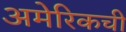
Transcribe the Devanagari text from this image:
अमेरिकची